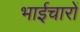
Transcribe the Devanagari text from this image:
भाईचारों